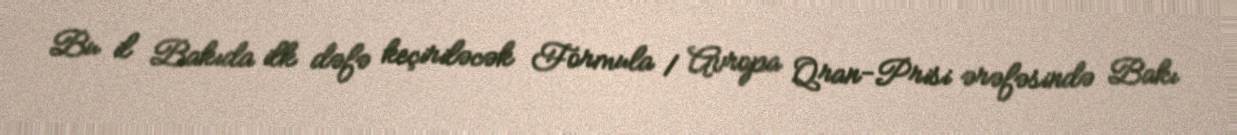
Bu il Bakıda ilk dəfə keçiriləcək Formula 1 Avropa Qran-Prisi ərəfəsində Bakı